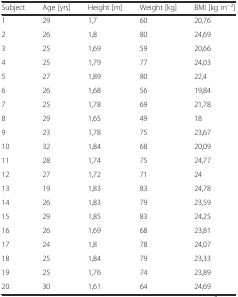
<table><thead><tr><td><b>Subject</b></td><td><b>Age [yrs]</b></td><td><b>Height [m]</b></td><td><b>Weight [kg]</b></td><td><b>BMI [kg m<sup>−2</sup>]</b></td></tr></thead><tbody><tr><td>1</td><td>29</td><td>1,7</td><td>60</td><td>20,76</td></tr><tr><td>2</td><td>26</td><td>1,8</td><td>80</td><td>24,69</td></tr><tr><td>3</td><td>25</td><td>1,69</td><td>59</td><td>20,66</td></tr><tr><td>4</td><td>25</td><td>1,79</td><td>77</td><td>24,03</td></tr><tr><td>5</td><td>27</td><td>1,89</td><td>80</td><td>22,4</td></tr><tr><td>6</td><td>26</td><td>1,68</td><td>56</td><td>19,84</td></tr><tr><td>7</td><td>25</td><td>1,78</td><td>69</td><td>21,78</td></tr><tr><td>8</td><td>29</td><td>1,65</td><td>49</td><td>18</td></tr><tr><td>9</td><td>23</td><td>1,78</td><td>75</td><td>23,67</td></tr><tr><td>10</td><td>32</td><td>1,84</td><td>68</td><td>20,09</td></tr><tr><td>11</td><td>28</td><td>1,74</td><td>75</td><td>24,77</td></tr><tr><td>12</td><td>27</td><td>1,72</td><td>71</td><td>24</td></tr><tr><td>13</td><td>19</td><td>1,83</td><td>83</td><td>24,78</td></tr><tr><td>14</td><td>26</td><td>1,83</td><td>79</td><td>23,59</td></tr><tr><td>15</td><td>29</td><td>1,85</td><td>83</td><td>24,25</td></tr><tr><td>16</td><td>26</td><td>1,69</td><td>68</td><td>23,81</td></tr><tr><td>17</td><td>24</td><td>1,8</td><td>78</td><td>24,07</td></tr><tr><td>18</td><td>25</td><td>1,84</td><td>79</td><td>23,33</td></tr><tr><td>19</td><td>25</td><td>1,76</td><td>74</td><td>23,89</td></tr><tr><td>20</td><td>30</td><td>1,61</td><td>64</td><td>24,69</td></tr></tbody></table>